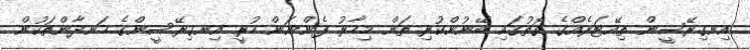
އިނގިރޭސީން ތިއޭޓަރެއްގެ ގޮތުގައި ބޭނުންކުރި ތަން މިހާރު ފެންނަން ހުރީ އިނގިރޭސީންގެ ހަނދާންތަކުން